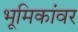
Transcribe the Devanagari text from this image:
भूमिकांवर